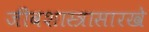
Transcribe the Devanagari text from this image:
जीवशास्त्रासारखे